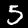
Digit: 5